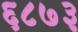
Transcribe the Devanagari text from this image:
६८७३